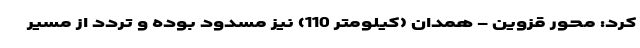
کرد: محور قزوین - همدان (کیلومتر 110) نیز مسدود بوده و تردد از مسیر